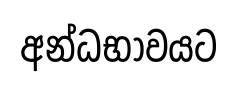
අන්ධභාවයට